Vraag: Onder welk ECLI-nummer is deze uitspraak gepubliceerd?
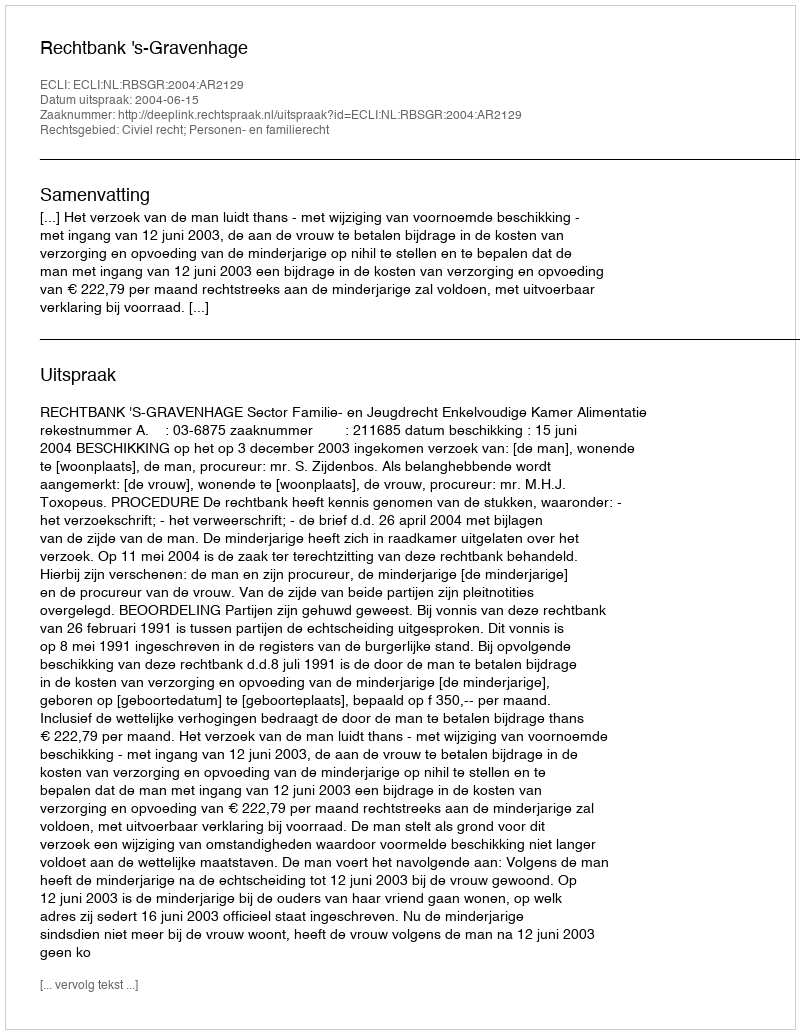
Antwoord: ECLI:NL:RBSGR:2004:AR2129